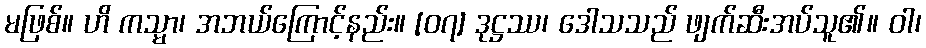
မဖြစ်။ ဟိ ကသ္မာ၊ အဘယ်ကြောင့်နည်း။ [၀၇] ဒုဋ္ဌဿ၊ ဒေါသသည် ဖျက်ဆီးအပ်သူ၏။ ဝါ၊